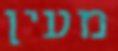
מעין